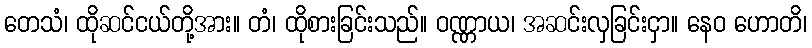
တေသံ၊ ထိုဆင်ငယ်တို့အား။ တံ၊ ထိုစားခြင်းသည်။ ဝဏ္ဏာယ၊ အဆင်းလှခြင်းငှာ။ နေဝ ဟောတိ၊